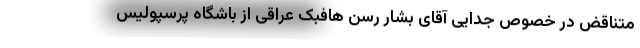
متناقض در خصوص جدایی آقای بشار رسن هافبک عراقی از باشگاه پرسپولیس